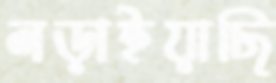
লড়াইয়াছি